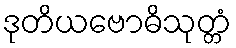
ဒုတိယဗောဓိသုတ္တံ